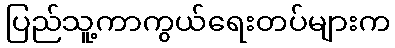
ပြည်သူ့ကာကွယ်ရေးတပ်များက